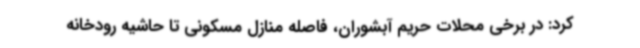
کرد: در برخی محلات حریم آبشوران، فاصله منازل مسکونی تا حاشیه رودخانه